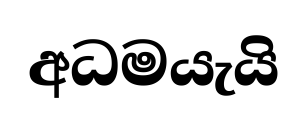
අධමයැයි